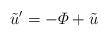
LaTeX: \begin{align*}\tilde{u}' = - \varPhi + \tilde{u}\end{align*}